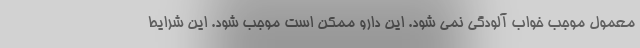
معمول موجب خواب آلودگی نمی شود. این دارو ممکن است موجب شود. این شرایط